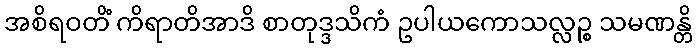
အစိရဝတိံ ကိရာတိအာဒိ စာတုဒ္ဒသိကံ ဥပါယကောသလ္လဉ္စ သမဏန္တိ